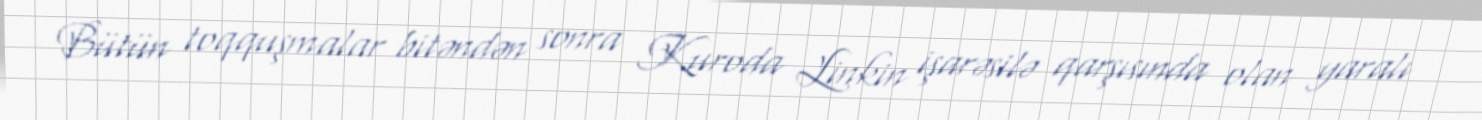
Bütün toqquşmalar bitəndən sonra Kuroda Linkin işarəsilə qarşısında olan yaralı